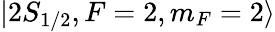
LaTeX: |2S_{1/2},F=2,m_{F}=2\rangle